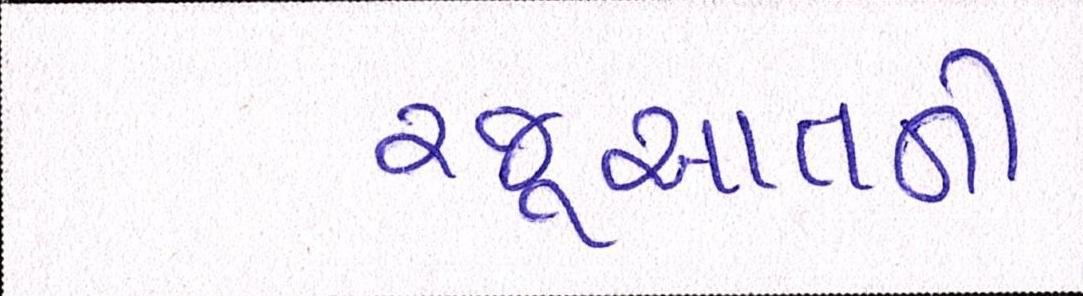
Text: રજૂઆતની